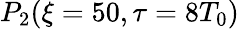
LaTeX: P_{2}(\xi=50,\tau=8T_{0})